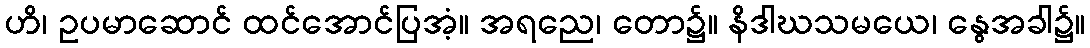
ဟိ၊ ဥပမာဆောင် ထင်အောင်ပြအံ့။ အရညေ၊ တော၌။ နိဒါဃသမယေ၊ နွေအခါ၌။